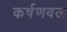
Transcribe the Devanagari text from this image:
कर्षणबल